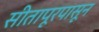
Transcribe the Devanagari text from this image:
सीतापूरपासून